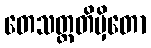
တေသတ္တတိမှိတော